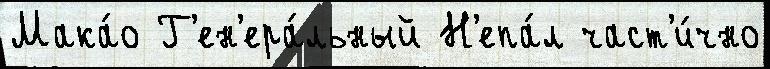
Мака́о Г'ен'ера́льный Н'епа́л част'и́чно